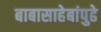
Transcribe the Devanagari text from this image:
बाबासाहेबांपुढे